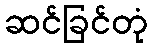
ဆင်ခြင်တုံ